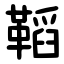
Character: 鞱